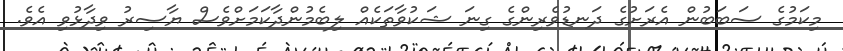
މިކަމުގެ ސަބަބުން އެރަށުގެ ދަނޑުވެރިންގެ ގިނަ ޝަކުވާތަކެއް ލިބެމުންދާކަމަށްވެސް ޔާސިރު ވިދާޅުވި އެވެ.